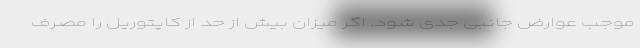
موجب عوارض جانبی جدی شود. اگر میزان بیش از حد از کاپتوریل را مصرف